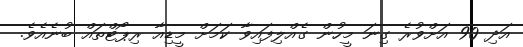
އަދި 90 އަށްވުރެ ގިނަ މީހުން ގެއްލިފައިވާ ކަމަށް މީޑިއާ ރިޕޯޓްތައް ބުނެއެވެ.